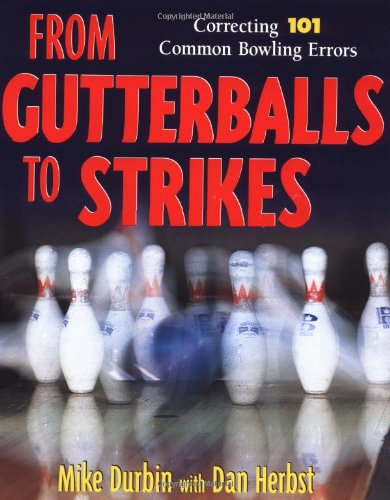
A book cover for From Gutterballs to Strikes: Correcting 101 Common Bowling Errors; Mike Durbin; Sports & Outdoors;